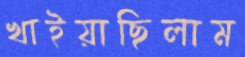
খাইয়াছিলাম